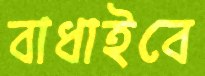
বাধাইবে